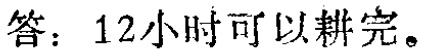
答：12小时可以耕完。